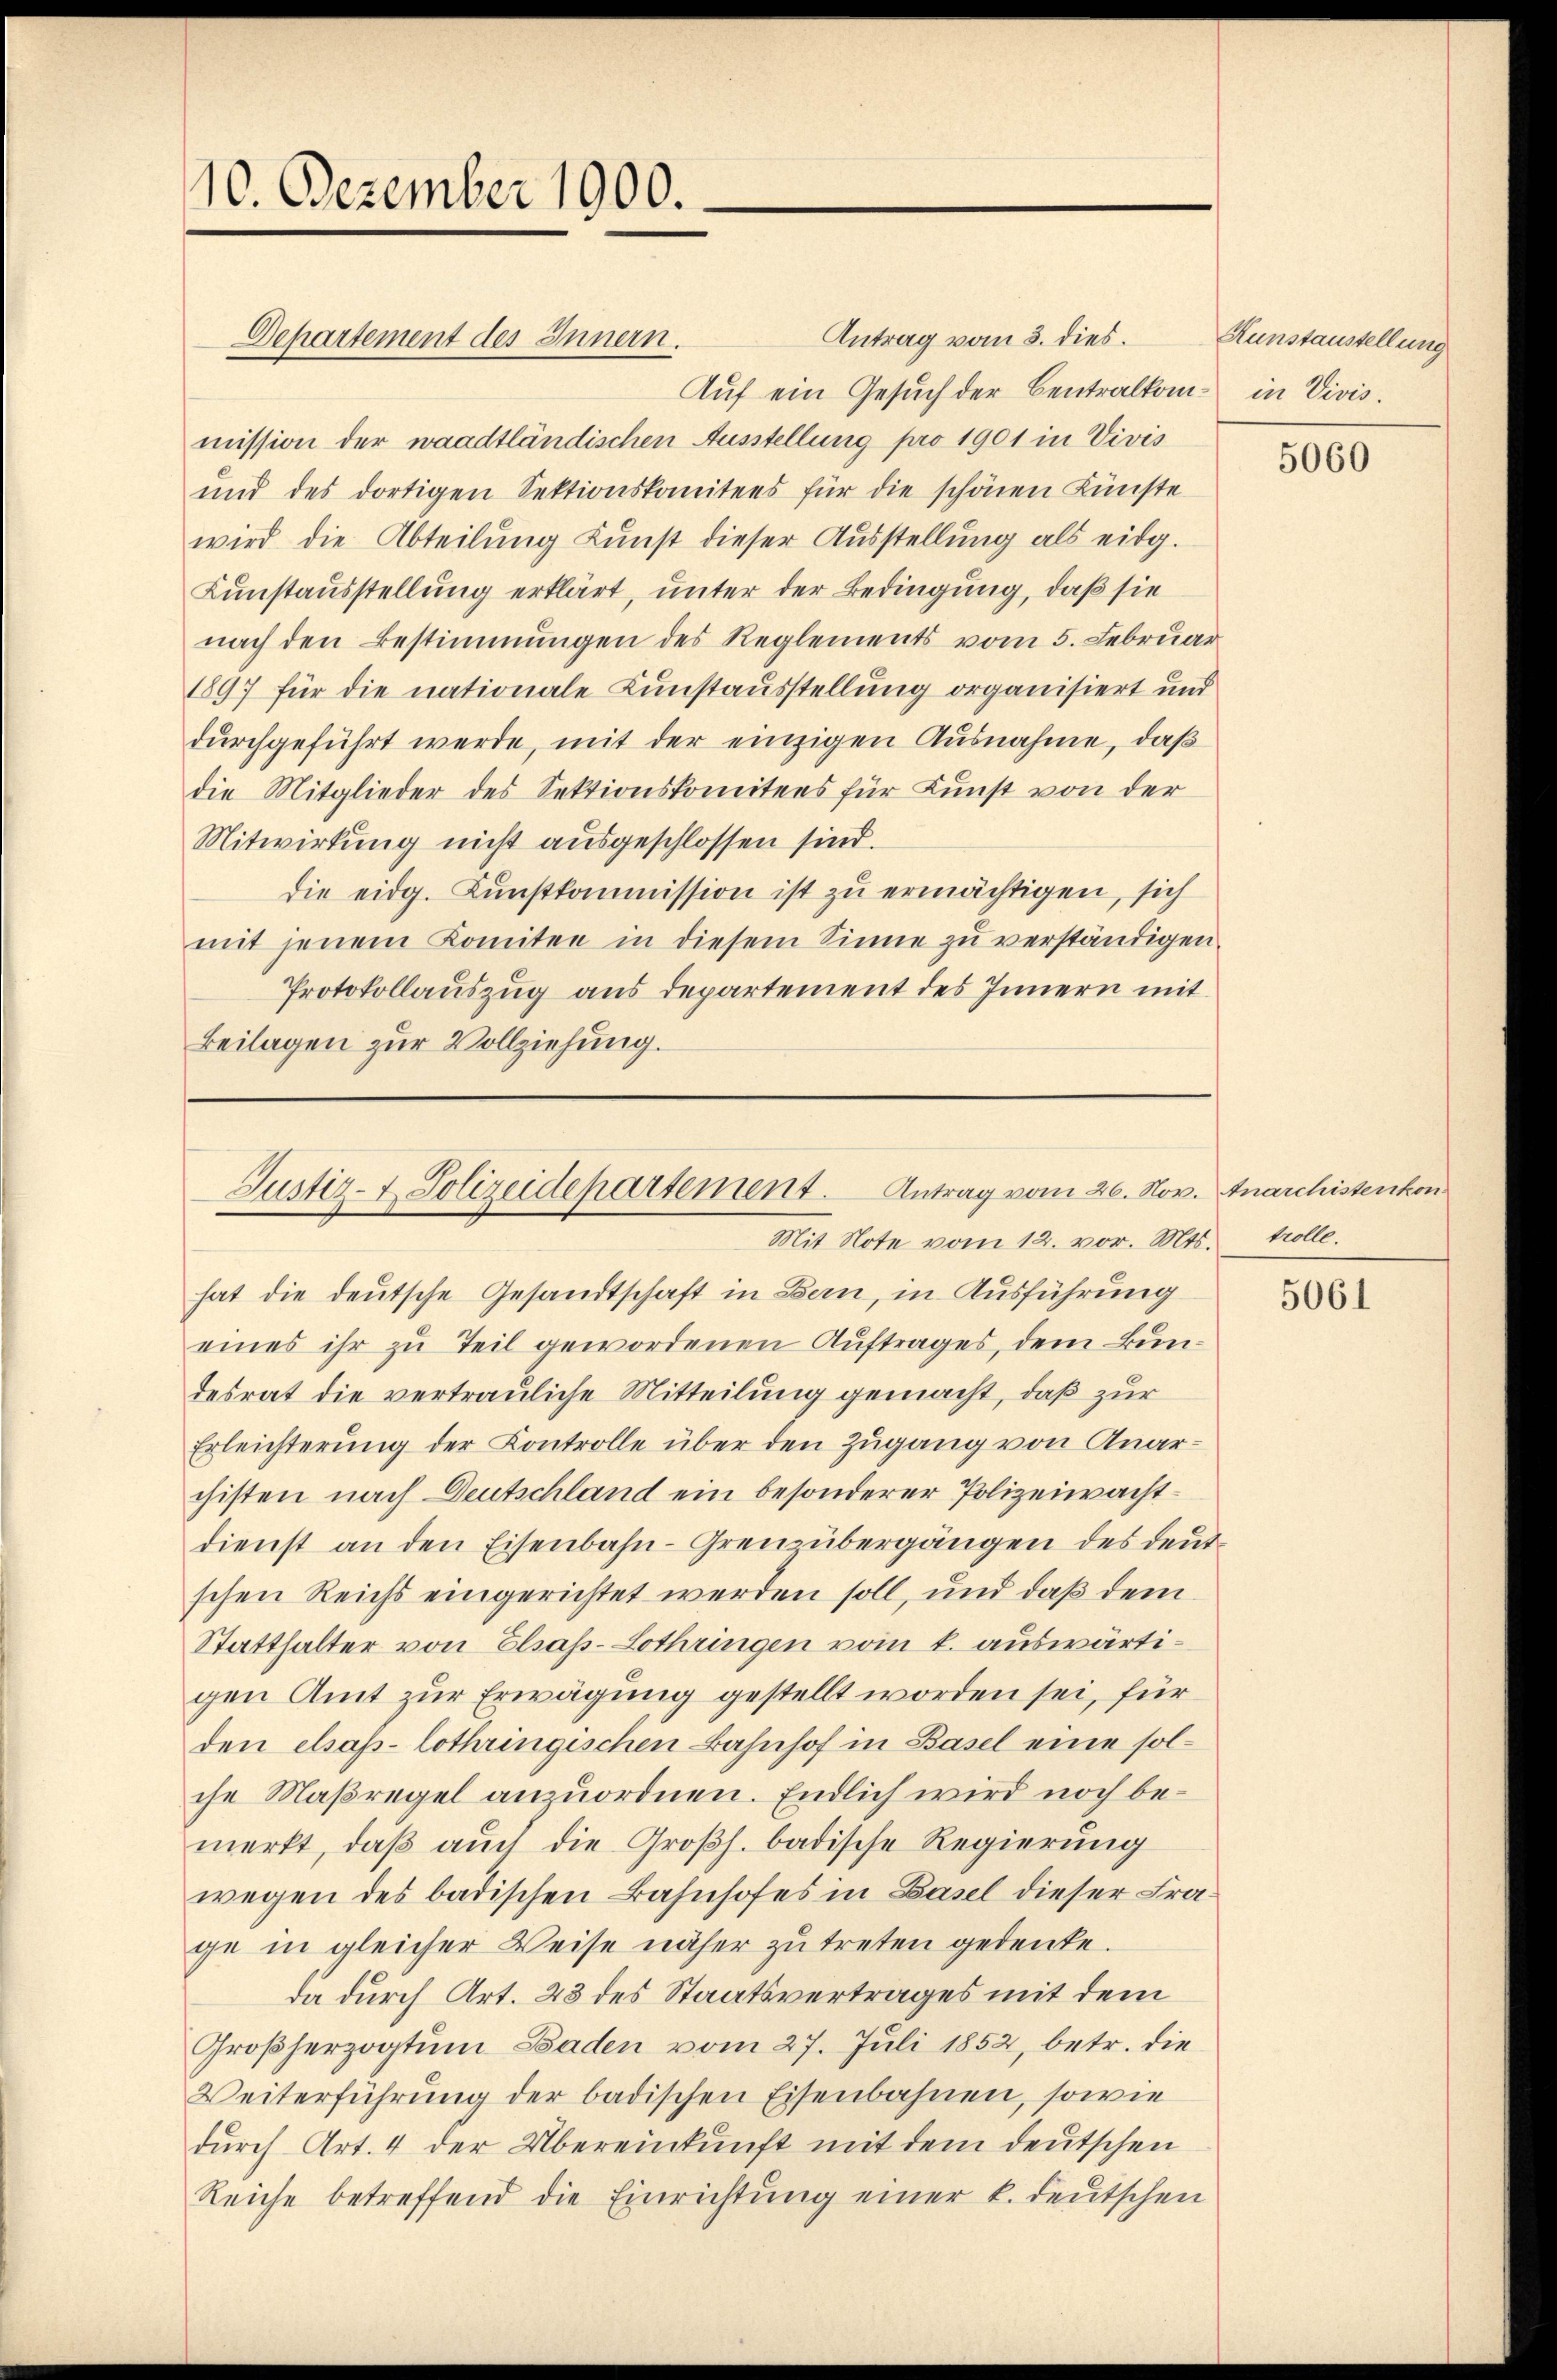
10. Dezember 1900.

Antrag vom 3. dies
Auf ein Gesuch der Centralkommission der waadtländischen Ausstellung pro 1901 in Vivis
und des dortigen Sektionskomitees für die schönen Künste
wird die Abteilung Kunst dieser Ausstellung als eidg.
Kunstausstellung erklärt, unter der Bedingung, daß sie
nach den Bestimmungen des Reglements vom 5. Februar
1897 für die nationale Kunstausstellung organisiert und
durchgeführt werde, mit der einzigen Ausnahme, daß
die Mitglieder des Sektionskomitees für Kunst von der
Mitwirkung nicht ausgeschlossen sind.
die eidg. Kunstkommission ist zu ermächtigen, sich
mit jenem Komitee in diesem Sinne zu verständigen.
Protokollauszug aus departement des Innern mit
Beilagen zur Vollziehung.

Departement des Innern.

Justiz- & Polizeidepartement. Antrag vom 26. Nov. Anarchistenkon¬
Mit Note vom 12. vor. Mts.

hat die deutsche Gesandtschaft in Bern, in Ausführung
eines ihr zu Teil gewordenen Auftrages, dem Bundesrat die vertrauliche Mitteilung gemacht, daß zur
Erleichterung der Controlle über den Zugang von Anar-
chisten nach Deutschland ein besonderer Polizeiwachtdienst an den Eisenbahn-Grenz übergängen des deutschen Reichs eingerichtet werden soll, und daß dem
Statthalter von Elsass-Lothringen vom k. auswärtigen Amt zur Erwägung gestellt worden sei, für
den chap-lothringischen Bahnhof in Basel eine solche Maßregel anzuordnen. Endlich wird noch bemerkt, daβ aŭch die Großh. badische Regierung
wegen des badischen Bahnhofes in Basel dieser Frage in gleicher Weise näher zu treten gedenke.
da durch Art. 43 des Staatsvertrages mit dem
Großherzogtum Baden vom 27. Juli 1852, betr. die
Weiterführung der badischen Eisenbahnen, sowie
durch Art. 4 der Übereinkunft mit dem deutschen
Reiche betreffend die Einrichtŭng einer k. deutschen

Kunstaustellung
in Vivis.

5060

trolle.

5061